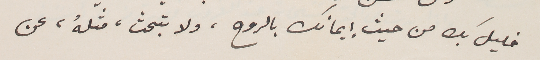
خليل بك من حيث إيمانك بالروح، ولا تبحث، مثلهُ، عن